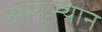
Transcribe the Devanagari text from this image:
आयूःस्थान